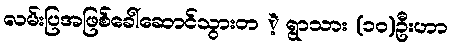
လမ်းပြအဖြစ်ခေါ်ဆောင်သွားတ ဲ့ ရွာသား (၁၀)ဦးဟာ